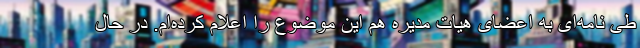
طی نامه‌ای به اعضای هیات مدیره هم این موضوع را اعلام کرده‌ام. در حال